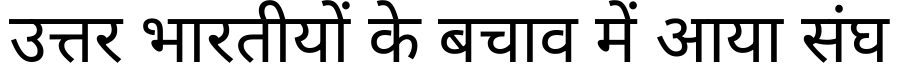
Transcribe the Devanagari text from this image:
उत्तर भारतीयों के बचाव में आया संघ